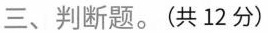
三、判断题。(共12分)